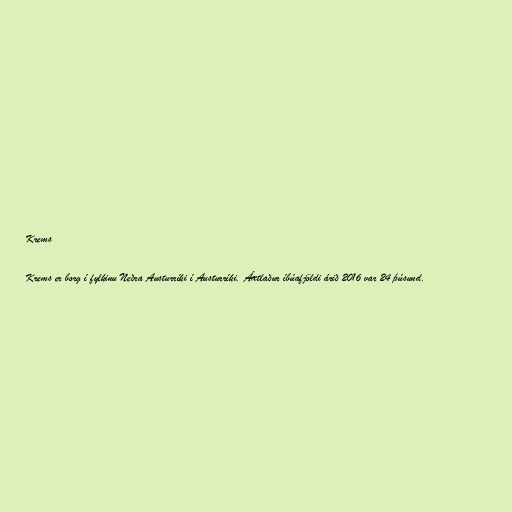
Krems

Krems er borg í fylkinu Neðra Austurríki í Austurríki. Áætlaður íbúafjöldi árið 2016 var 24 þúsund.